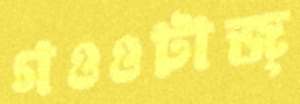
গওওটাজ্